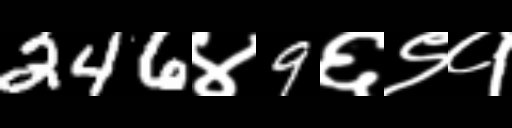
Text: 246४9६९१